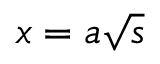
x = a \sqrt { s }